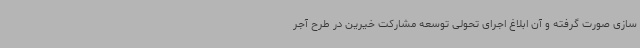
سازی صورت گرفته و آن ابلاغ اجرای تحولی توسعه مشارکت خیرین در طرح آجر